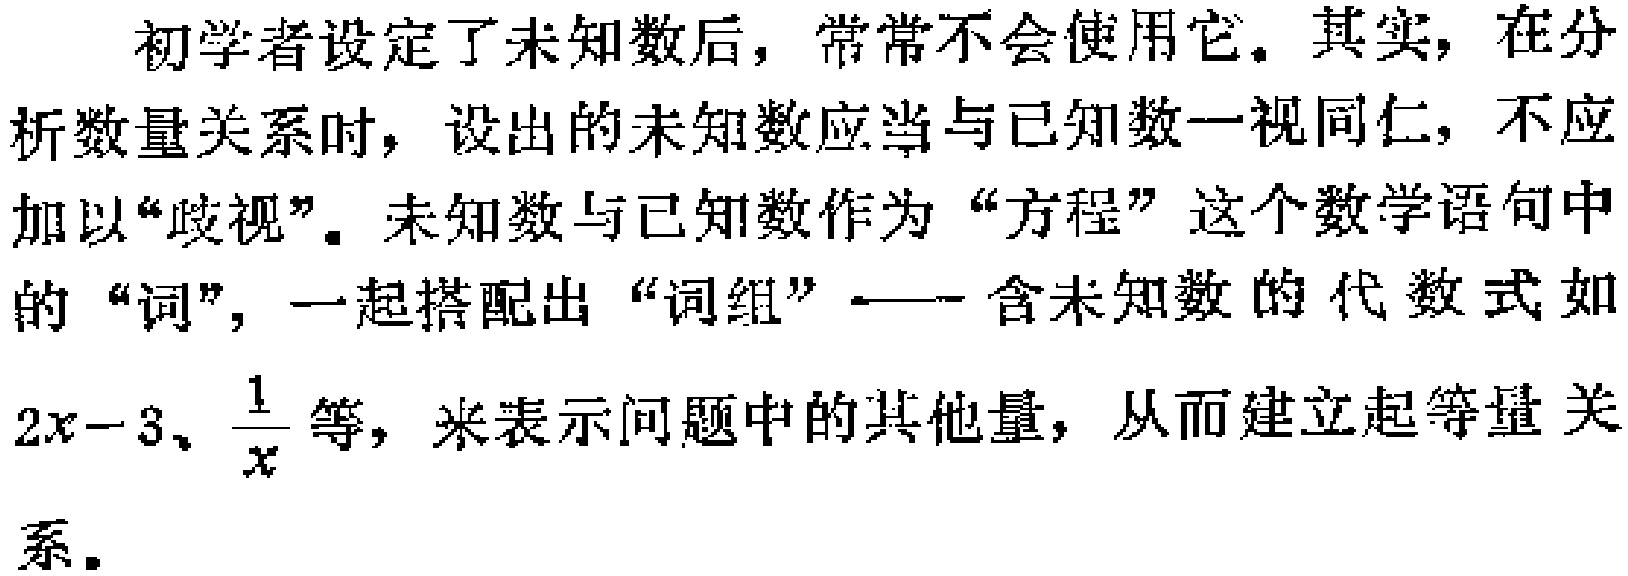
初学者设定了未知数后，常常不会使用它。其实，在分析数量关系时，设出的未知数应当与已知数一视同仁，不应加以“歧视”。未知数与已知数作为“方程”这个数学语句中的“词”，一起搭配出“词组”——含未知数的代数式如\(2x - 3\)、\(\frac{1}{x}\)等，来表示问题中的其他量，从而建立起等量关系。